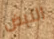
النبض